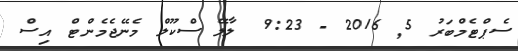
ސެޕްޓެމްބަރު 5